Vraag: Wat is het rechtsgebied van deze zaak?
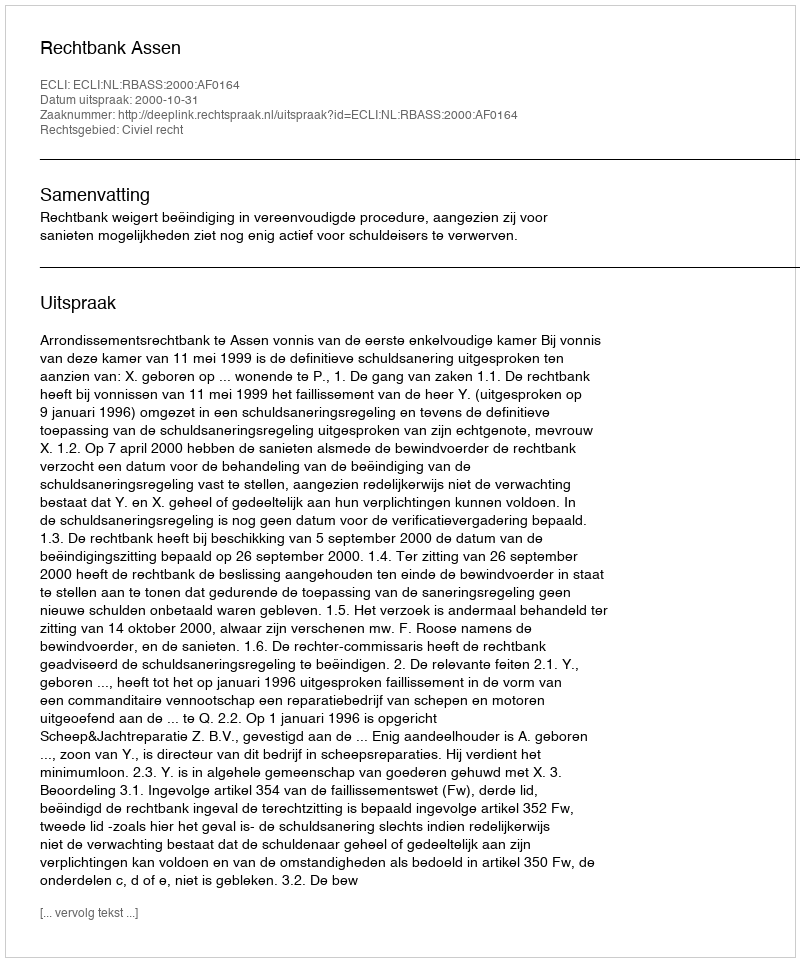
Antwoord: Civiel recht